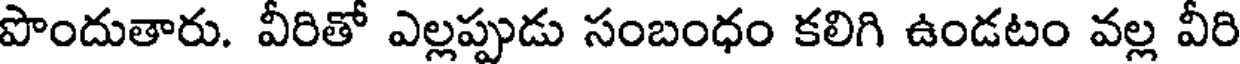
పొందుతారు. వీరితో ఎల్లప్పుడు సంబంధం కలిగి ఉండటం వల్ల వీరి